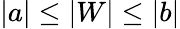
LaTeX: \vert a\vert\le\vert W\vert\le\vert b\vert